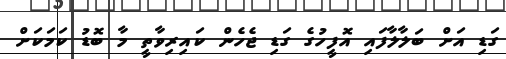
ގަޑި އަށް ބަލާލާފައި އޮފީހުގެ ގަޑި ޖެހެން ކައިރިވާތީ މާ ބޮޑު ކަމަކަށް